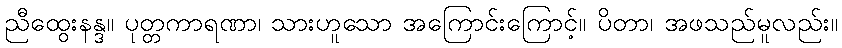
ညီထွေးနန္ဒ။ ပုတ္တကာရဏာ၊ သားဟူသော အကြောင်းကြောင့်။ ပိတာ၊ အဖသည်မူလည်း။